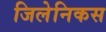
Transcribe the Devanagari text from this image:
जिलेनिकस